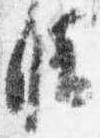
晴